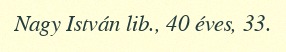
Nagy István lib., 40 éves, 33.